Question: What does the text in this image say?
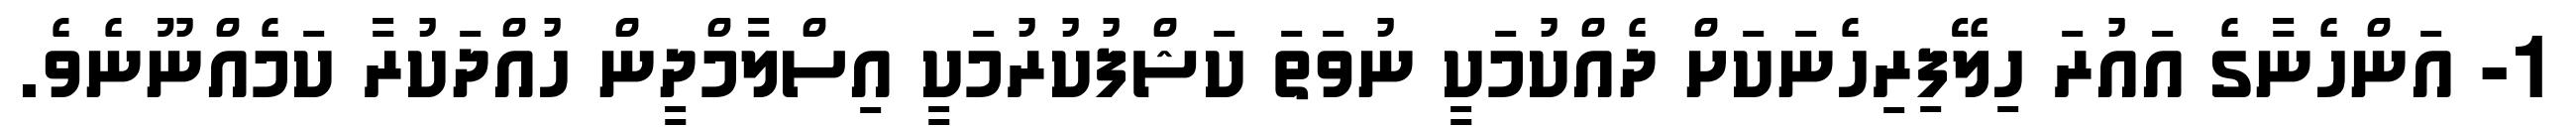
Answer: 1- އަންހެނާގެ އައުރަ ހިލޭފިރިހެނަކަށް ދެއްކުމަކީ ނުވަތަ ކަޝްފުކުރުމަކީ އިސްލާމްދީން ހުއްދަކުރާ ކަމެއްނޫނެވެ.